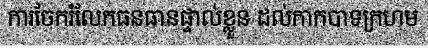
ការចែករំលែកធនធានផ្ទាល់ខ្លួន ដល់កាកបាទក្រហម